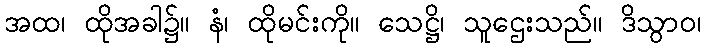
အထ၊ ထိုအခါ၌။ နံ၊ ထိုမင်းကို။ သေဋ္ဌိ၊ သူဌေးသည်။ ဒိသွာဝ၊